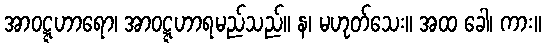
အာဝဋ္ဋဟာရော၊ အာဝဋ္ဋဟာရမည်သည်။ န၊ မဟုတ်သေး။ အထ ခေါ၊ ကား။